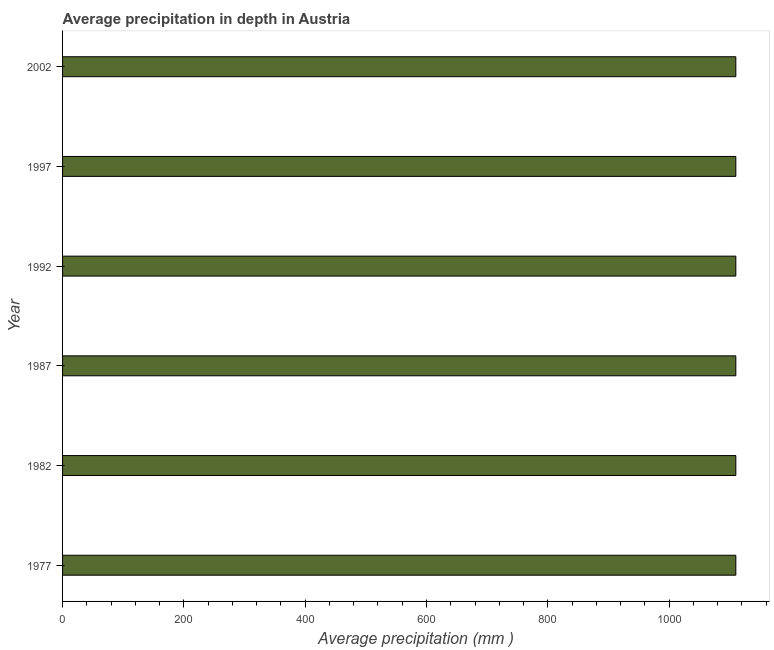
| Year | Average precipitation in depth |
 | --- | --- |
 | 1977 | 1.11e+03 |
 | 1982 | 1.11e+03 |
 | 1987 | 1.11e+03 |
 | 1992 | 1.11e+03 |
 | 1997 | 1.11e+03 |
 | 2002 | 1.11e+03 |